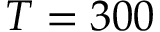
T = 3 0 0